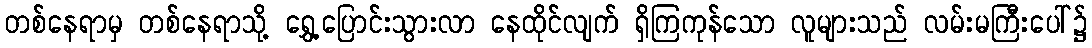
တစ်နေရာမှ တစ်နေရာသို့ ရွှေ့ပြောင်းသွားလာ နေထိုင်လျက် ရှိကြကုန်သော လူများသည် လမ်းမကြီးပေါ်၌